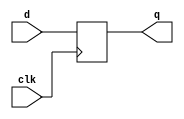
module Control(clk,d,q);
	input d, clk;
	output reg q;
	always@(posedge clk) q <= d;
endmodule